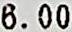
6.00